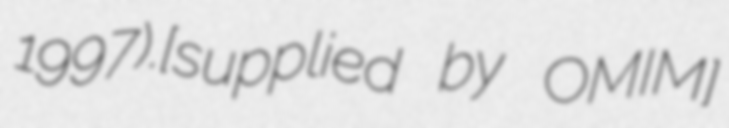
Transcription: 1997).[supplied by OMIM]